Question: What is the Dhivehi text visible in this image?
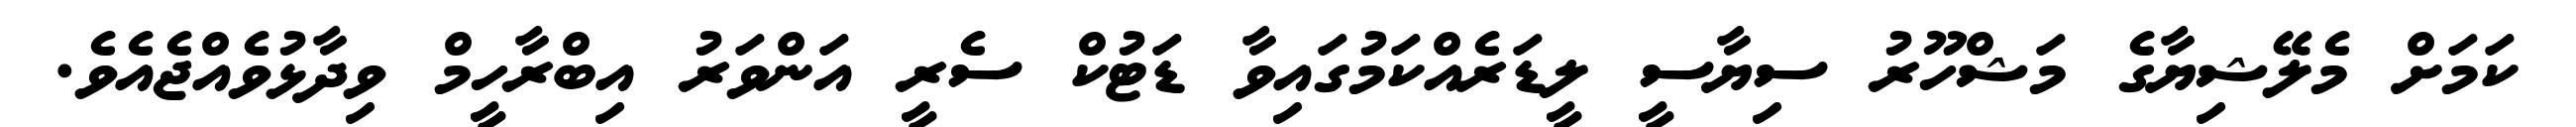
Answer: ކަމަށް މެލޭޝިޔާގެ މަޝްހޫރު ސިޔާސީ ލީޑަރެއްކަމުގައިވާ ޑަޓުކް ސެރީ އަންވަރު އިބްރާހީމް ވިދާޅުވެއްޖެއެވެ.